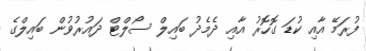
ފުރަމޭ އާއި ކުޑަ ގޮހޮރު އާއި ދެމެދު ބައިލް ސޯލްޓް ދައުރުވުން ބައިލްގެ